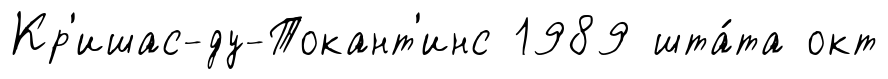
Кр'ишас-ду-Токант'инс 1989 шта́та окт